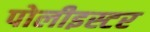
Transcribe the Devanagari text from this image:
पोलीइस्टर